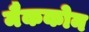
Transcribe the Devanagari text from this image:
मैककोन